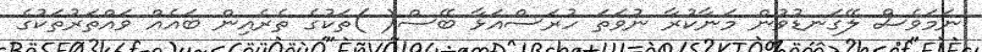
ނަމަވެސް ލޭގަނޑުވުން މަނާކުރާ ނުވަތަ ހުރަސްއަޅާ ބޭސް( )ތަކުގެ ތެރެއިން ބައެއް ވައްތަރުތަކުގެ